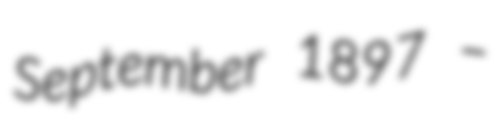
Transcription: September 1897 –